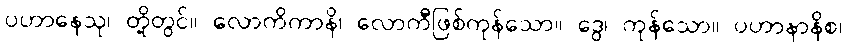
ပဟာနေသု၊ တို့တွင်။ လောကိကာနိ၊ လောကီဖြစ်ကုန်သော။ ဒွေ၊ ကုန်သော။ ပဟာနာနိစ၊